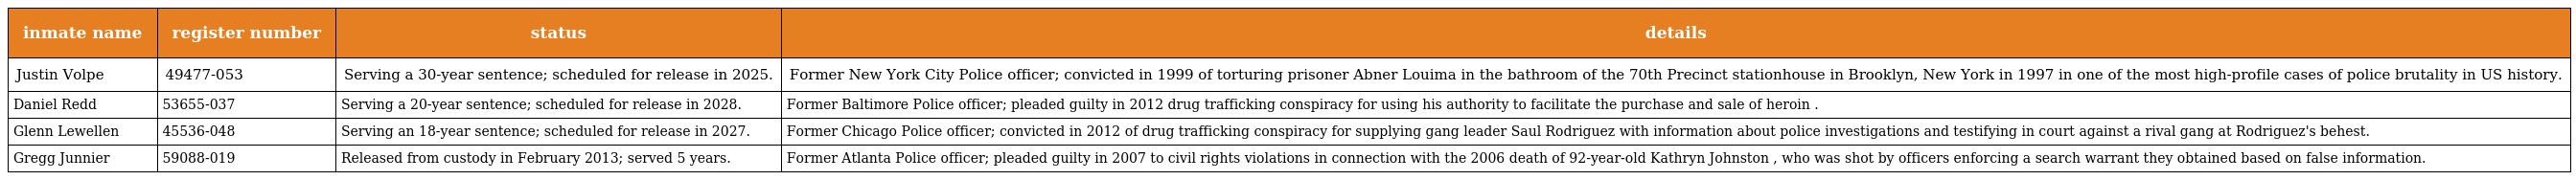
| inmate name | register number | status | details |
 | --- | --- | --- | --- |
 | Justin Volpe | 49477-053 | Serving a 30-year sentence; scheduled for release in 2025. | Former New York City Police officer; convicted in 1999 of torturing prisoner Abner Louima in the bathroom of the 70th Precinct stationhouse in Brooklyn, New York in 1997 in one of the most high-profile cases of police brutality in US history. |
 | Daniel Redd | 53655-037 | Serving a 20-year sentence; scheduled for release in 2028. | Former Baltimore Police officer; pleaded guilty in 2012 drug trafficking conspiracy for using his authority to facilitate the purchase and sale of heroin . |
 | Glenn Lewellen | 45536-048 | Serving an 18-year sentence; scheduled for release in 2027. | Former Chicago Police officer; convicted in 2012 of drug trafficking conspiracy for supplying gang leader Saul Rodriguez with information about police investigations and testifying in court against a rival gang at Rodriguez's behest. |
 | Gregg Junnier | 59088-019 | Released from custody in February 2013; served 5 years. | Former Atlanta Police officer; pleaded guilty in 2007 to civil rights violations in connection with the 2006 death of 92-year-old Kathryn Johnston , who was shot by officers enforcing a search warrant they obtained based on false information. |